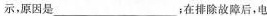
示，原因是___；在排除故障后，电